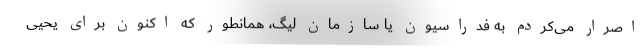
اصرار می‌کردم به فدراسیون یا سازمان لیگ، همانطور که اکنون برای یحیی